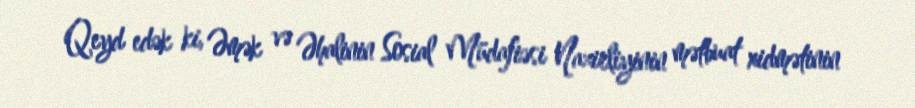
Qeyd edək ki, Əmək və Əhalinin Sosial Müdafiəsi Nazirliyinin mətbuat xidmətinin